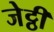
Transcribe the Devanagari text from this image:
जेट्ठी